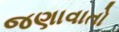
જણાવાતો